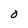
Character: O